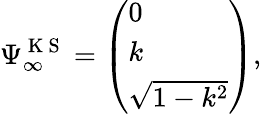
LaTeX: \Psi_{\infty}^{\mathrm{~K~S~}}=\left(\begin{array}{l}{0}\\ {k}\\ {\sqrt{1-k^{2}}}\end{array}\right),